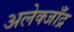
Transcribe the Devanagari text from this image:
अलेक्जाँद्र